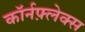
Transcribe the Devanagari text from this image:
कॉर्नफ़्लेक्स